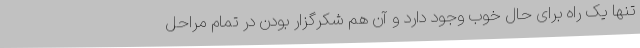
تنها یک راه برای حال خوب وجود دارد و آن هم شکرگزار بودن در تمام مراحل